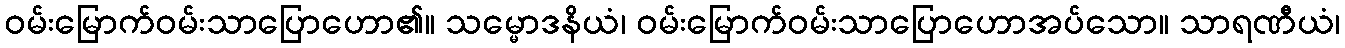
ဝမ်းမြောက်ဝမ်းသာပြောဟော၏။ သမ္မောဒနိယံ၊ ဝမ်းမြောက်ဝမ်းသာပြောဟောအပ်သော။ သာရဏီယံ၊